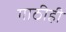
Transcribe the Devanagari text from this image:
गाठीही